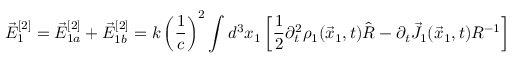
\vec { E } _ { 1 } ^ { [ 2 ] } = \vec { E } _ { 1 a } ^ { [ 2 ] } + \vec { E } _ { 1 b } ^ { [ 2 ] } = k \left( \frac { 1 } { c } \right) ^ { 2 } \int d ^ { 3 } x _ { 1 } \left[ \frac { 1 } { 2 } \partial _ { t } ^ { 2 } \rho _ { 1 } ( \vec { x } _ { 1 } , t ) \hat { R } - \partial _ { t } \vec { J } _ { 1 } ( \vec { x } _ { 1 } , t ) R ^ { - 1 } \right]